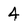
Character: 4